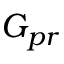
G _ { p r }